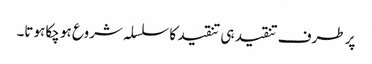
پر طرف تنقید ہی تنقید کا سلسلہ شروع ہو چکا ہوتا۔